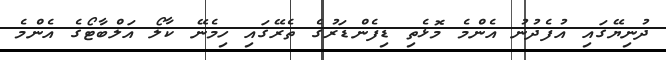
ދުނިޔޭގައި އުފެދުނު އެންމެ މޮޅެތި ޑިފެންޑަރުގެ ތެރޭގައި ހިމެނޭ ކާލޯ އަލްބާޓޯގެ އެންމެ